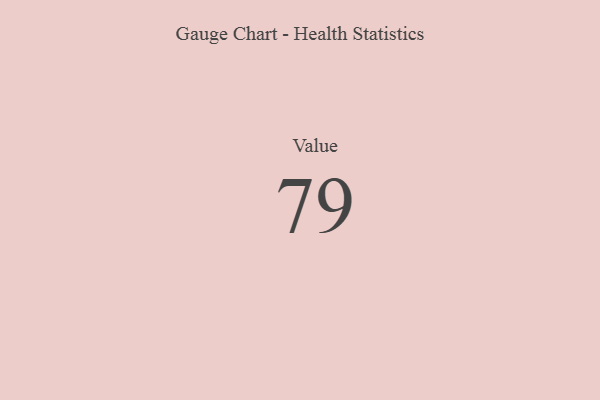
{"axis": {"x": "Metric", "y": "Value"}, "legend": [""], "data": [{"x": "Value", "y": 79, "type": ""}]}